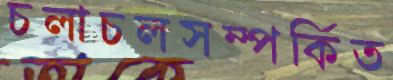
চলাচলসম্পর্কিত